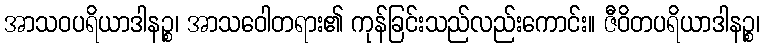
အာသဝပရိယာဒါနဉ္စ၊ အာသဝေါတရား၏ ကုန်ခြင်းသည်လည်းကောင်း။ ဇီဝိတပရိယာဒါနဉ္စ၊